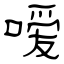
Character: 嗳